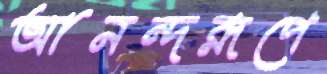
আনন্দরূপে